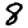
Digit: 8